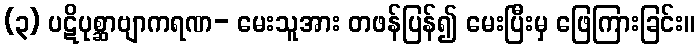
(၃) ပဋိပုစ္ဆာဗျာကရဏ- မေးသူအား တဖန်ပြန်၍ မေးပြီးမှ ဖြေကြားခြင်း။